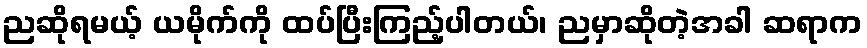
ညဆိုရမယ့် ယမိုက်ကို ထပ်ပြီးကြည့်ပါတယ်၊ ညမှာဆိုတဲ့အခါ ဆရာက